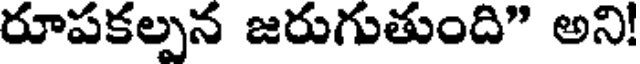
రూపకల్పన జరుగుతుంది" అని!